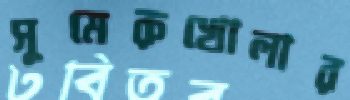
সুমেরুখোলার